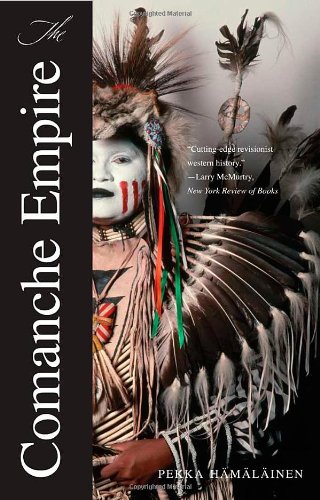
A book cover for The Comanche Empire (The Lamar Series in Western History); Pekka Hamalainen; History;